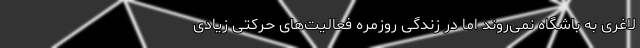
لاغری به باشگاه نمی‌روند اما در زندگی روزمره فعالیت‌های حرکتی زیادی